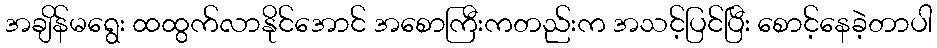
အချိန်မရွေး ထထွက်လာနိုင်အောင် အစောကြီးကတည်းက အသင့်ပြင်ပြီး စောင့်နေခဲ့တာပါ